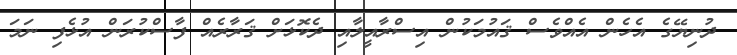
ދުނިޔޭގެ އެހެން އެއްވެސް ޤައުމަކުން އިސްރާއީލާއި ދެކޮޅަށް ޤަރާރެއް ފާސްކުރަން އުޅެފި ނަމަ